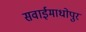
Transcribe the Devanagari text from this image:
सवाईमाधोपुर